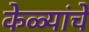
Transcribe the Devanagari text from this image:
केळ्यांचे